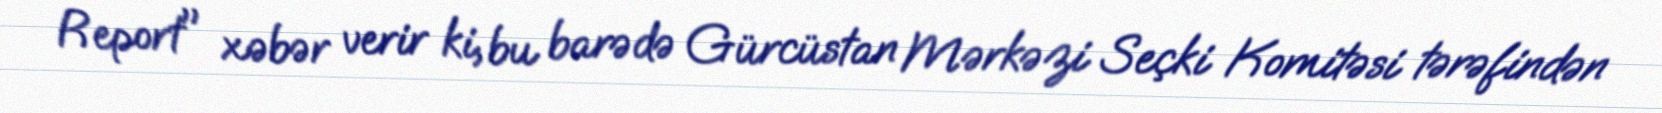
Report" xəbər verir ki, bu barədə Gürcüstan Mərkəzi Seçki Komitəsi tərəfindən